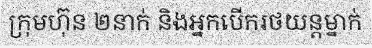
ក្រុមហ៊ុន ២នាក់ និងអ្នកបើករថយន្តម្នាក់